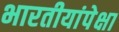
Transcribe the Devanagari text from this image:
भारतीयांपेक्षा